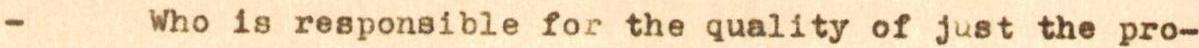
- Who is responsible for the quality of just the pro-